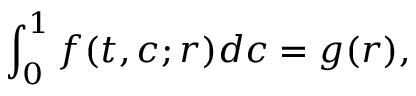
\int _ { 0 } ^ { 1 } f ( t , c ; r ) d c = g ( r ) ,